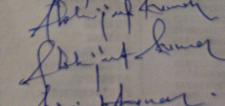
Signature authenticity: genuine